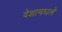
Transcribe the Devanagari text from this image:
देशामधले